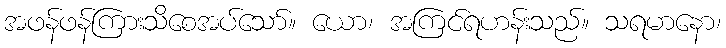
အဖန်ဖန်ကြားသိစေအပ်သော်။ ယော၊ အကြင်ရဟန်းသည်။ သရမာနော၊